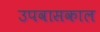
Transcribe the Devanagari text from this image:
उपवासकाल